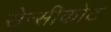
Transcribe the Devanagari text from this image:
सेन्सीकोट